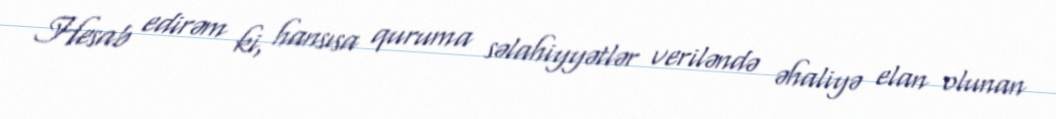
Hesab edirəm ki, hansısa quruma səlahiyyətlər veriləndə əhaliyə elan olunan